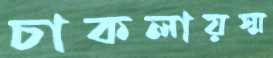
চাকলায়স্ম